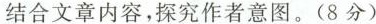
结合文章内容，探究作者意图。